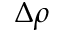
\Delta \rho